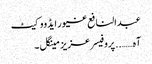
عبدالنافع غیور ایڈووکیٹ
آہ…….. پروفیسر عزیز مینگل ۔